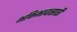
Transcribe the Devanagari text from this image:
भक्तिभावासाठी